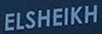
ELSHEIKH